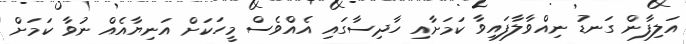
އަލިފާން ގަނޑު ނިއްވާލާފައިވާ ކަމަށާއި ހާދިސާގައި އެއްވެސް މީހަކަށް އަނިޔާއެއް ނުވާ ކަމަށް